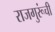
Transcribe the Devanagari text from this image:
राजगुरूंची